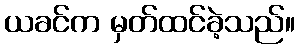
ယခင်က မှတ်ထင်ခဲ့သည်။